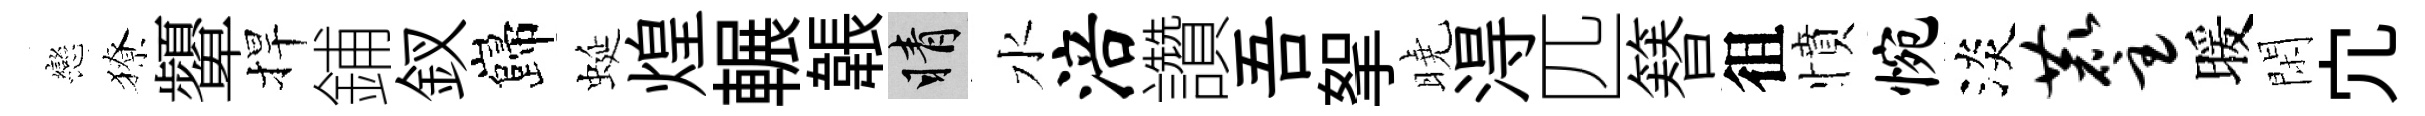
戀獠顰捍鋪釵巋蜒煌輾韔睛水涪讚吾挐曉淂匹簮徂憤惋淡麈暖閑宂